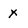
Character: x